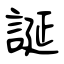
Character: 誕